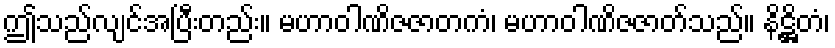
ဤသည်လျင်အပြီးတည်း။ မဟာဝါဏိဇဇာတကံ၊ မဟာဝါဏိဇဇာတ်သည်။ နိဋ္ဌိတံ၊